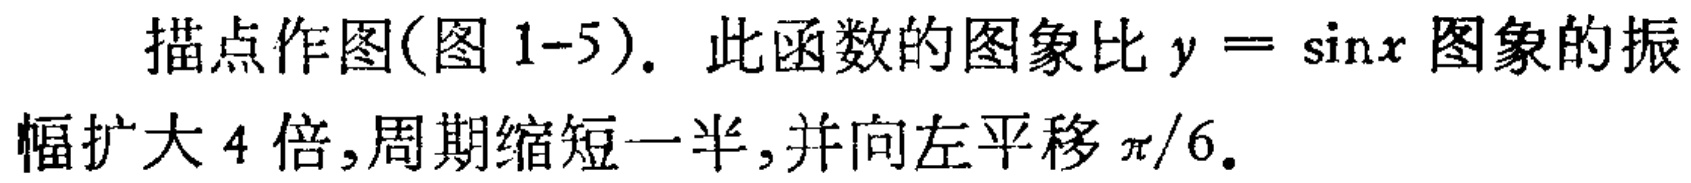
描点作图(图 1-5). 此函数的图象比\(y = \sin x\)图象的振幅扩大 4 倍,周期缩短一半,并向左平移\(\pi/6\).